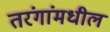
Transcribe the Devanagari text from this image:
तरंगांमधील